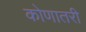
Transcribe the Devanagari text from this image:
कोणातरी